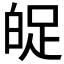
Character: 𤽱